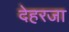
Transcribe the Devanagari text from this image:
देहरजा